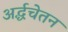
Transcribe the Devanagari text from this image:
अर्द्धचेतन